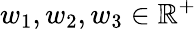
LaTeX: w_{1},w_{2},w_{3}\in\mathbb{R}^{+}